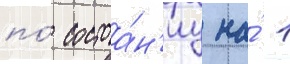
по́ состоа́н'иу на́ 1